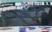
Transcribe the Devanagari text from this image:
पौलीगन